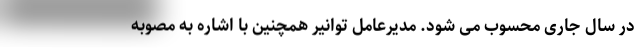
در سال جاری محسوب می شود. مدیرعامل توانیر همچنین با اشاره به مصوبه